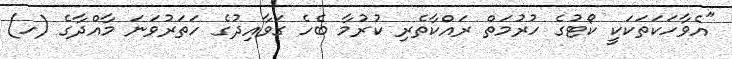
"އެވާހަަކަތަކަކީ ކޯޓުގެ ހުރުމަތް ރައްކާތެރި ކުރުމާ ބެހެ ގަވާއިދުގެ ހަތަރުވަނަ މާއްދާގެ (ހ)